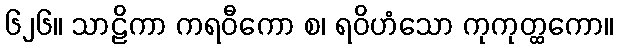
၆၂၆။ သာဠိကာ ကရဝီကော စ၊ ရဝိဟံသော ကုကုတ္ထကော။